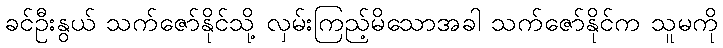
ခင်ဦးနွယ် သက်ဇော်နိုင်သို့ လှမ်းကြည့်မိသောအခါ သက်ဇော်နိုင်က သူမကို